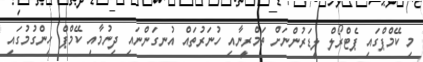
މި ކޭމްޕްގައި ޕެޓްރޯލް ލީޑަރުންނަށް ތަމްރީނާއި ހުނަރުތައް އުނގަންނައި ދިނުމާއި ކޭމްޕް ހިންގުމުގައި